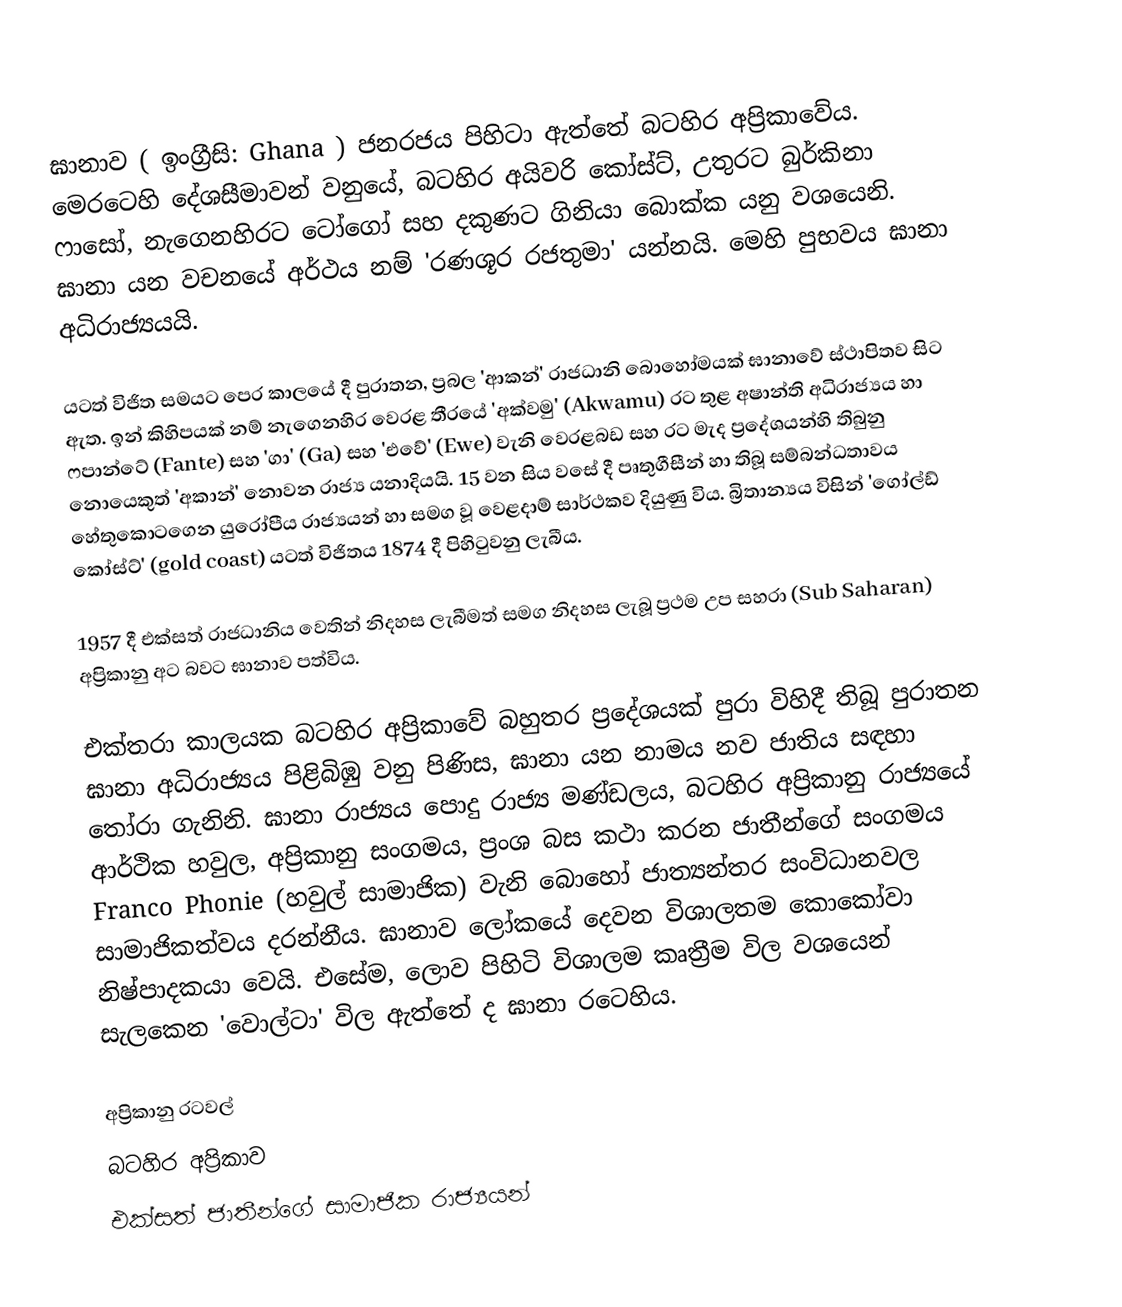
ඝානාව ( ඉංග්‍රීසි: Ghana ) ජනරජය පිහිටා ඇත්තේ බටහිර අප්‍රිකාවේය. මෙරටෙහි දේශසීමාවන් වනුයේ, බටහිර අයිවරි කෝස්ට්, උතුරට බුර්කිනා ෆාසෝ, නැගෙනහිරට ටෝගෝ සහ දකුණට ගිනියා බොක්ක යනු වශයෙනි. ඝානා යන වචනයේ අර්ථය නම් 'රණශූර රජතුමා' යන්නයි. මෙහි පුභවය ඝානා අධිරාජ්‍යයයි.

යටත් විජිත සමයට පෙර කාලයේ දී පුරාතන, ප්‍රබල 'ආකන්' රාජධානි බොහෝමයක් ඝානාවේ ස්ථාපිතව සිට ඇත. ඉන් කිහිපයක් නම් නැගෙනහිර වෙරළ තීරයේ 'අක්වමු' (Akwamu) රට තුළ අෂාන්ති අධිරාජ්‍යය හා ෆපාන්ටේ (Fante) සහ  'ගා' (Ga) සහ 'එවේ'  (Ewe) වැනි වෙරළබඩ සහ රට මැද ප්‍රදේශයන්හි  තිබුනු නොයෙකුත්  'අකාන්' නොවන රාජ්‍ය යනාදියයි. 15 වන සිය වසේ දී පෘතුගීසීන්  හා තිබූ සම්බන්ධතාවය හේතුකොටගෙන  යුරෝපීය රාජ්‍යයන් හා සමග වූ වෙළදාම් සාර්ථකව දියුණු විය. බ්‍රිතාන්‍යය විසින් 'ගෝල්ඩ් කෝස්ට්' (gold coast) යටත් විජිතය 1874 දී පිහිටුවනු ලැබීය.

1957 දී එක්සත් රාජධානිය වෙතින් නිදහස ලැබීමත් සමග නිදහස ලැබූ ප්‍රථම උප සහරා (Sub Saharan)  අප්‍රිකානු  අට බවට ඝානාව පත්විය.

එක්තරා කාලයක බටහිර අප්‍රිකාවේ බහුතර ප්‍රදේශයක් පුරා විහිදී තිබූ පුරාතන ඝානා අධිරාජ්‍යය පිළිබිඹු වනු පිණිස, ඝානා යන නාමය නව ජාතිය සඳහා තෝරා ගැනිනි. ඝානා රාජ්‍යය පොදු රාජ්‍ය මණ්ඩලය, බටහිර අප්‍රිකානු රාජ්‍යයේ ආර්ථික හවුල, අප්‍රිකානු සංගමය, ප්‍රංශ බස කථා කරන ජාතීන්ගේ සංගමය Franco Phonie  (හවුල් සාමාජික) වැනි බොහෝ ජාත්‍යන්තර සංවිධානවල සාමාජිකත්වය දරන්නීය. ඝානාව ලෝකයේ දෙවන විශාලතම කොකෝවා නිෂ්පාදකයා වෙයි. එසේම, ලොව පිහිටි විශාලම කෘත්‍රීම විල වශයෙන් සැලකෙන 'වොල්ටා' විල ඇත්තේ ද ඝානා රටෙහිය.

අප්‍රිකානු රටවල්
බටහිර අප්‍රිකාව
එක්සත් ජාතීන්ගේ සාමාජික රාජ්‍යයන්